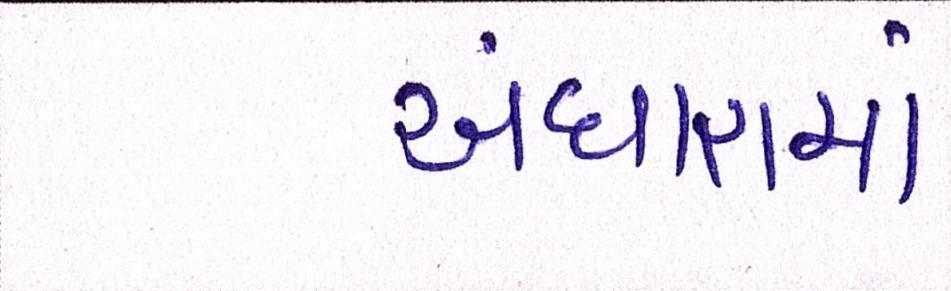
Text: અંધારામાં